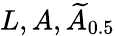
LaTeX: L,A,{\widetilde{A}}_{0.5}